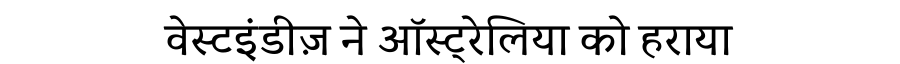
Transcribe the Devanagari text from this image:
वेस्टइंडीज़ ने ऑस्ट्रेलिया को हराया